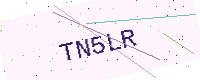
Text: TN5LR